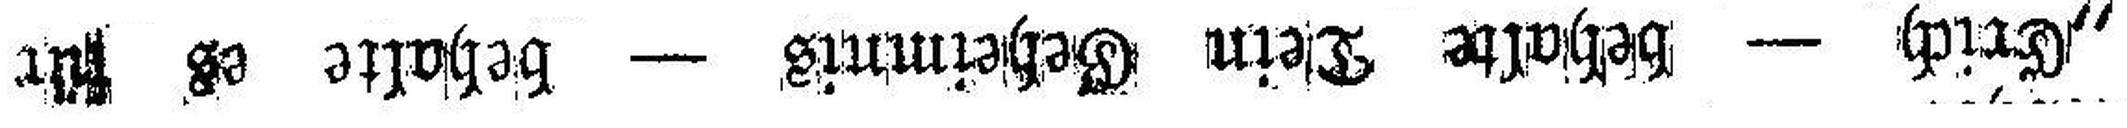
„Erich — behalte Dein Geheimnis — behalte es für